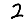
Digit: 2